Document type: Sale
Year: 1423
Scribe: Joan Franc
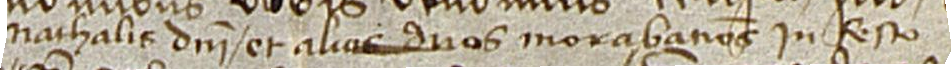
Nathalis Domini, et alios duos morabatinos in festo